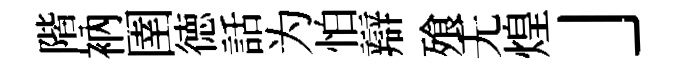
階衲圉徳話为怕辯飱无煌」